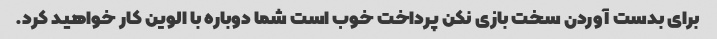
برای بدست آوردن سخت بازی نکن پرداخت خوب است شما دوباره با الوین کار خواهید کرد.